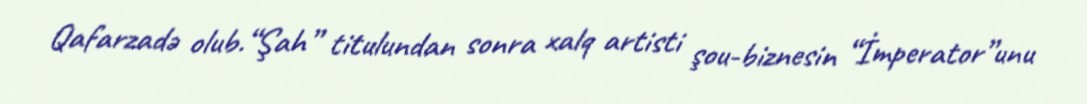
Qafarzadə olub.“Şah” titulundan sonra xalq artisti şou-biznesin “İmperator”unu